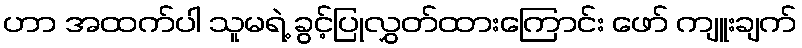
ဟာ အထက်ပါ သူမရဲ့ ခွင့်ပြုလွှတ်ထားကြောင်း ဖော် ကျူးချက်